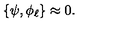
\left\{ \psi , \phi _ { \ell } \right\} \approx 0 .